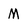
Character: M